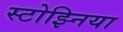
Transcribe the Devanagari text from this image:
स्टोझ्निया